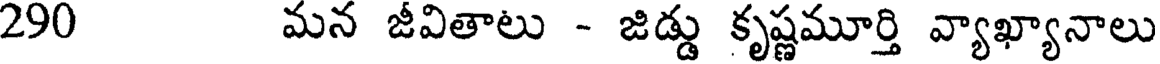
290 మన జీవితాలు - జిడ్డు కృష్ణమూర్తి వ్యాఖ్యానాలు